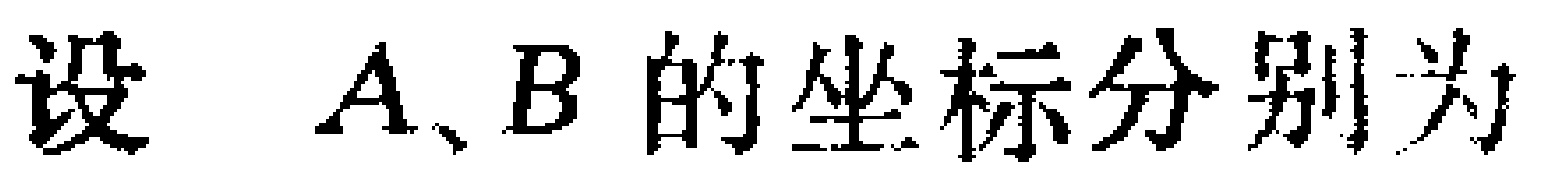
设 \(A、B\) 的坐标分别为